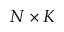
N \times K